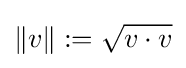
\|v\|:={\sqrt {v\cdot v}}